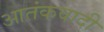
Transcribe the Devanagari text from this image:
आतंंकवादी